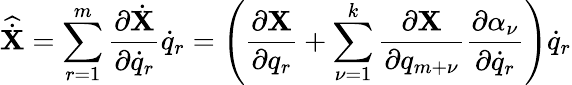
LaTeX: {\widehat{\dot{\mathbf X}}}=\sum_{r=1}^{m}\frac{\partial{\dot{\mathbf X}}}{\partial{\dot{q}}_{r}}{\dot{q}}_{r}=\left(\frac{\partial{\mathbf X}}{\partial q_{r}}+\sum_{\nu=1}^{k}\frac{\partial{\mathbf X}}{\partial q_{m+\nu}}\frac{\partial\alpha_{\nu}}{\partial{\dot{q}}_{r}}\right){\dot{q}}_{r}